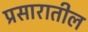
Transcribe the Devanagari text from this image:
प्रसारातील